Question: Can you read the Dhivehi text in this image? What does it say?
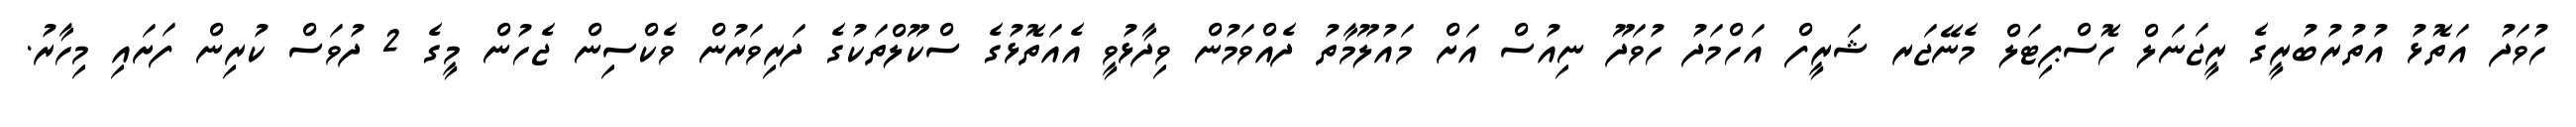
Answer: ހުވަދު އަތޮޅު އުތުރުބުރީގެ ރީޖަނަލް ހޮސްޕިޓަލް މެނޭޖަރ ޝަރީފް އަހްމަދު ހުވަދޫ ނިއުސް އަށް މައުލޫމާތު ދެއްވަމުން ވިދާޅުވީ އެއަތޮޅުގެ ސްކޫލްތަކުގެ ދަރިވަރުން ވެކްސިން ޖެހުން މީގެ 2 ދުވަސް ކުރިން ފަށައި މިހާރު.